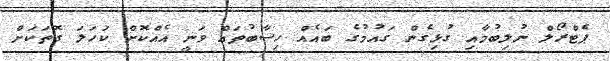
ޕެޓްރޯލް ނުލިބުމާއި ގުޅިގެން ގައުމުގެ ބައެއް ހިސާބުތައް ވަނީ އެއްކޮށް ކަހަލަ ގޮތަކަށް